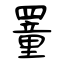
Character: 罿